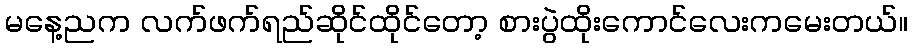
မနေ့ညက လက်ဖက်ရည်ဆိုင်ထိုင်တော့ စားပွဲထိုးကောင်လေးကမေးတယ်။